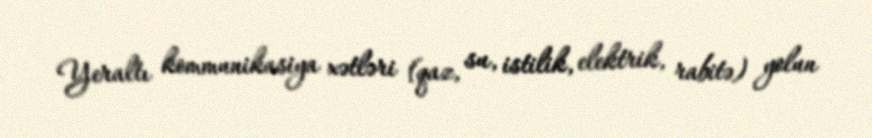
Yeraltı kommunikasiya xətləri (qaz, su, istilik, elektrik, rabitə) yolun